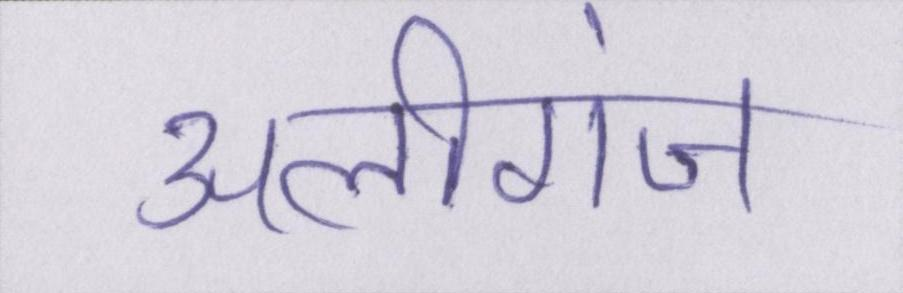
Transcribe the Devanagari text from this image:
अलीगंज